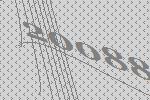
20088